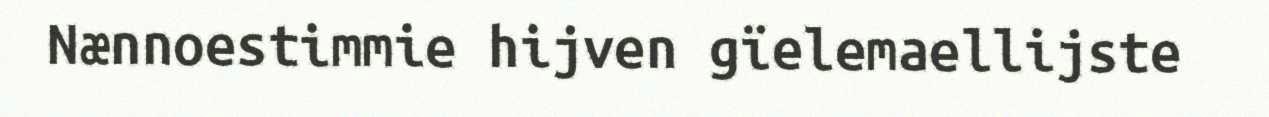
Nænnoestimmie hijven gïelemaellijste